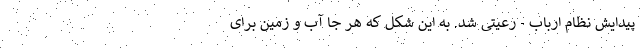
پیدایش نظام ارباب - رعیتی شد. به این شکل که هر جا آب و زمین برای